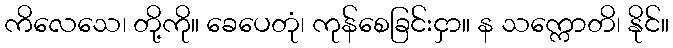
ကိလေသေ၊ တို့ကို။ ခေပေတုံ၊ ကုန်စေခြင်းငှာ။ န သက္ကောတိ၊ နိုင်။